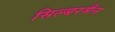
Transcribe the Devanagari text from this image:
सिल्बरमैन